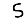
Digit: 5